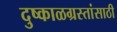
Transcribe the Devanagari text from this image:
दुष्काळग्रस्तांसाठी